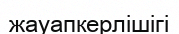
жауапкерлішігі